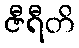
ဇီရီတိ